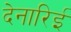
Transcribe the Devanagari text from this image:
देनारिई